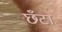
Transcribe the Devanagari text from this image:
छँटा